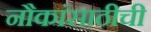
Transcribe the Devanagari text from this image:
नौकांसाठीची